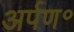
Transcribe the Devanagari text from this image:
अर्पण॰